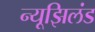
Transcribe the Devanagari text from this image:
न्यूझिलंड